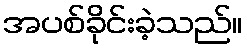
အပစ်ခိုင်းခဲ့သည်။